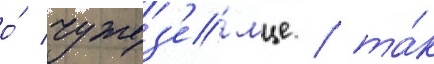
о́ чужез'е́мце / та́к